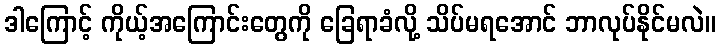
ဒါကြောင့် ကိုယ့်အကြောင်းတွေကို ခြေရာခံလို့ သိပ်မရအောင် ဘာလုပ်နိုင်မလဲ။